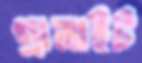
গ্রানাইট